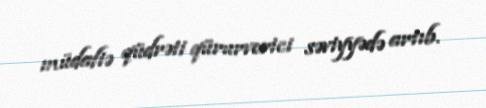
müdafiə qüdrəti qürurverici səviyyədə artıb.